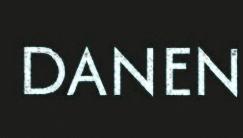
DANEN